Annual administration and progress report of the Indian Medical Department, Bombay
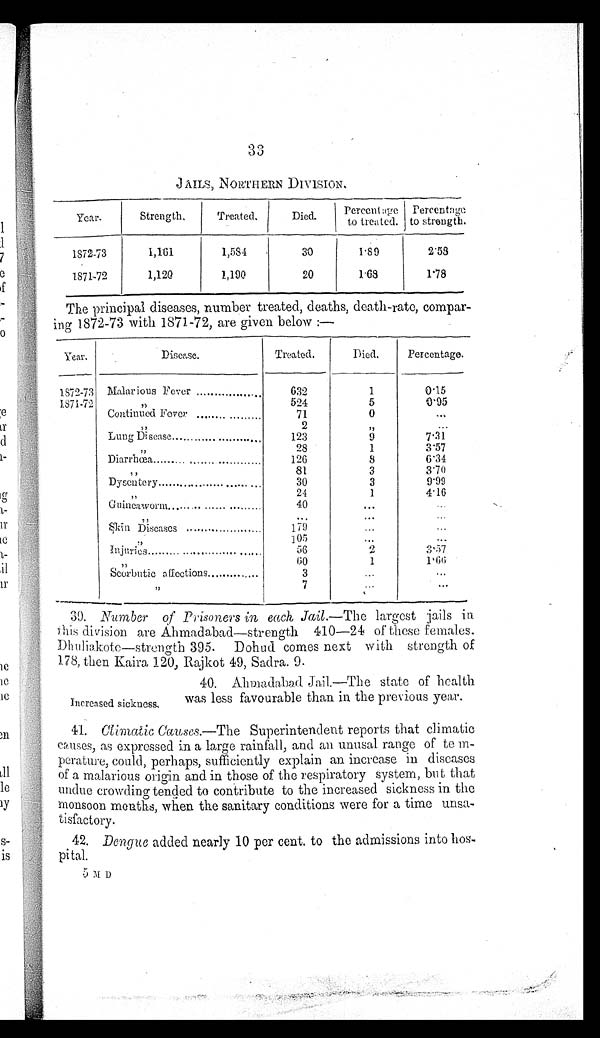
`-33
JAILS, NORTHERN DIVISION,
Year.
Strength,
Treated,
Died.
IPercent:I-go
to treated.
Percentngc
to strength.
1872-73
1,161
1,581
30
I.89
2'53
1S71-72
1,120
1,190
20
1.68
1'78
The principal diseases, number treated, deaths, death-rate, compar-
ing 1872-73 with 1871-72, are given below :—
Year.
Disease.
Treated.
Died,
Percentage.
1872-73 Molar ious Fever
632
1
0.15
1871-72
524
5
0'95
Continued Fever
71
0
...
2
Lung 15;sease
123
9
7.31
28
1
3'57
Diarrhoea
126
8
6'34
57
81
3
3'70
Dy sentery
n. ....... 0.6 . 0. . .
.
30
3
9'99
24
1
4'16
Guineaw orm
... ... .. . .........
40
...
5kin Diseases
179
...
105
...
Injuries
56
2
3'57
60
1
1.0(;
Scorbutic affections
3
. . .
...
39. Arlem ber of p ) , isoners in, each Jai l.—Th e largest jails in
Phis division are Ahmadabad—strength 410-24 of these females.
Dbilli;:kote—str,,mgth 39.5. Dohud comes next with strength of
178, then Kaira 120, Rajkot 49, Sadra.
40. Almiadabf.“1 .Iail.—The state of health
increased sickness,
was less favourable than in the previous year.
41. Cihnatic Cause8.—The Superintendent reports that climatic
colscs, as expressed in a large rainfall, and an unusal range of to m-
perature, could, perhaps, sufficiently explain an increase in diseases
of a malarious origin and in those of the respiratory system, but that
undue crowdin g tended to contribute to the increased sickness in the
monsoon months, when the sanitary conditions were for a time unsa-
tisfactory.
42. Dengue added nearly 10 per cent, to the admissions into hos-
pital.
6 71: D